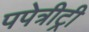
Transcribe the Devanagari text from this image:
पपेत्रीट्री